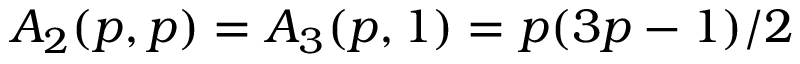
A _ { 2 } ( p , p ) = A _ { 3 } ( p , 1 ) = p ( 3 p - 1 ) / 2